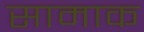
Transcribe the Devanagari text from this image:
सामाक